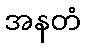
အနတံ